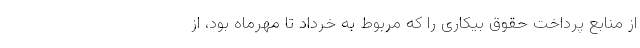
از منابع پرداخت حقوق بیکاری را که مربوط به خرداد تا مهرماه بود، از